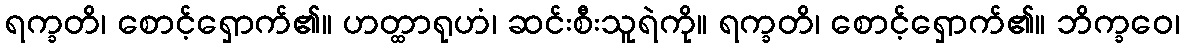
ရက္ခတိ၊ စောင့်ရှောက်၏။ ဟတ္ထာရုဟံ၊ ဆင်းစီးသူရဲကို။ ရက္ခတိ၊ စောင့်ရှောက်၏။ ဘိက္ခဝေ၊